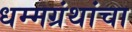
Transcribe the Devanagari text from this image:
धम्मग्रंथांचा